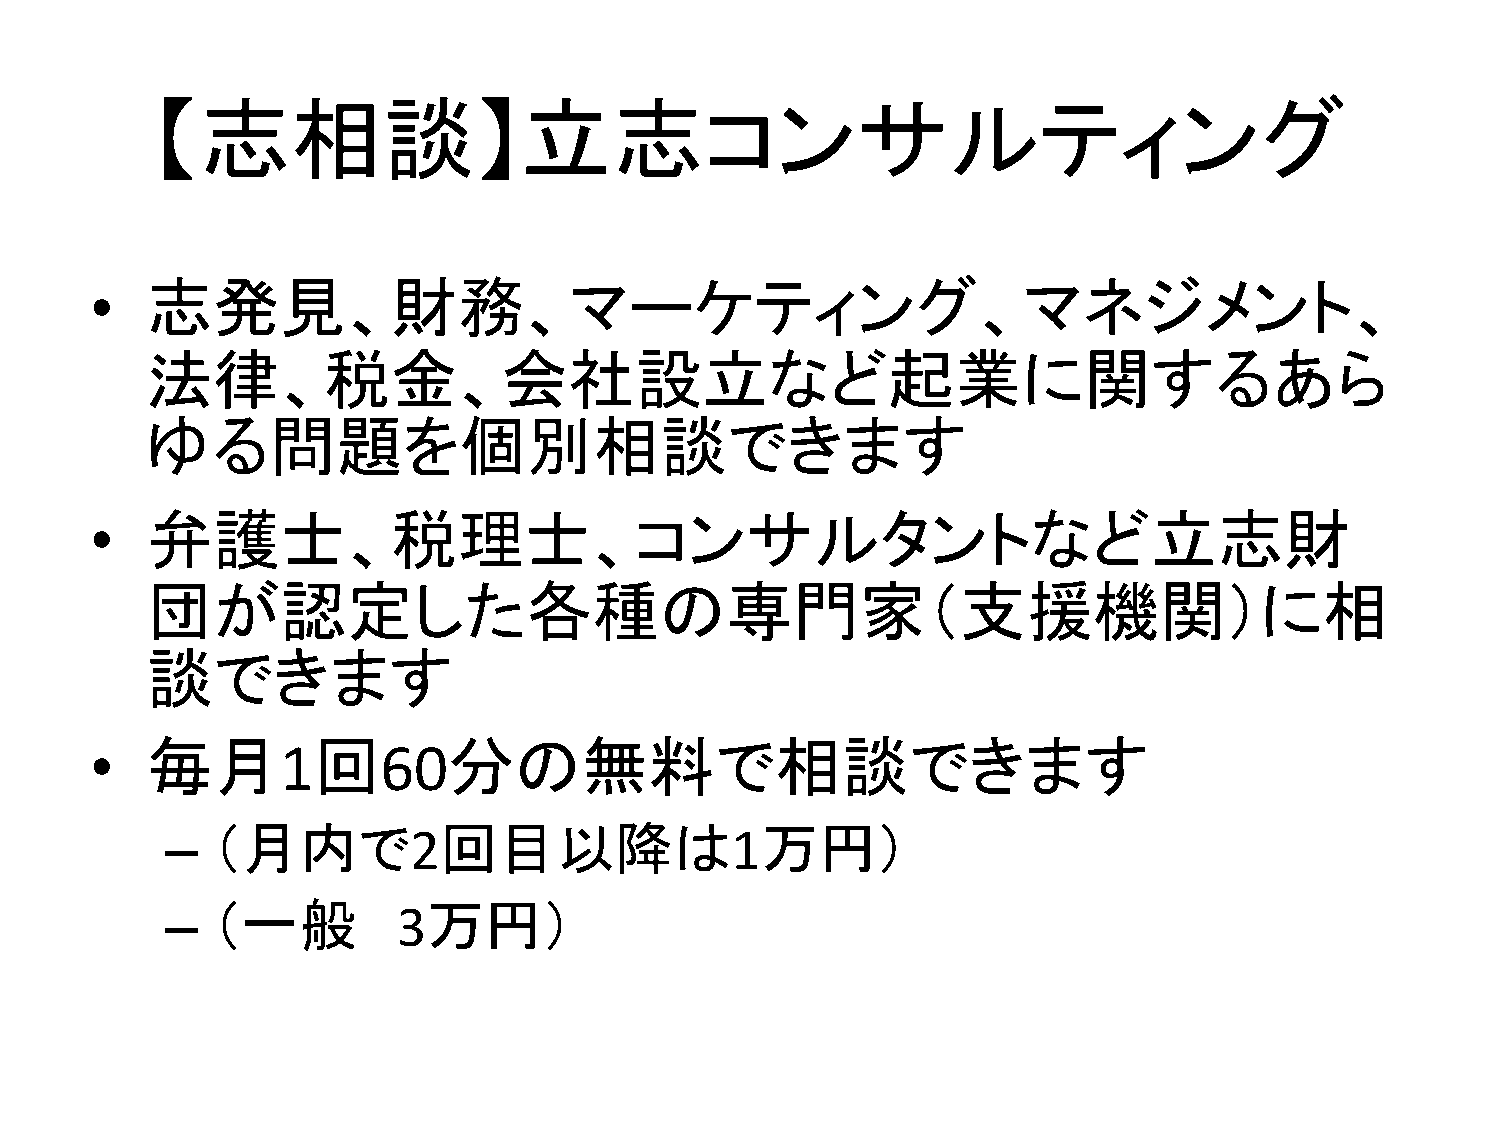
【志相談】立志コンサルティング
 •   志発見、財務、マーケティング、マネジメント、
 法律、税金、会社設立など起業に関するあら
 ゆる問題を個別相談できます
 •   弁護士、税理士、コンサルタントなど立志財
 団が認定した各種の専門家（支援機関）に相
 談できます
 •   毎月       1回    60分の無料で相談できます
 –  （月内で         2回目以降は               1万円）
 –  （一般         3万円）